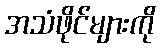
အသံဖိုင်များကို